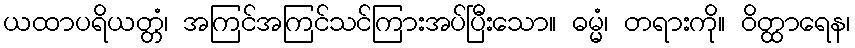
ယထာပရိယတ္တံ၊ အကြင်အကြင်သင်ကြားအပ်ပြီးသော။ ဓမ္မံ၊ တရားကို။ ဝိတ္ထာရေန၊